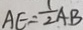
A E = \frac { 1 } { 2 } A B